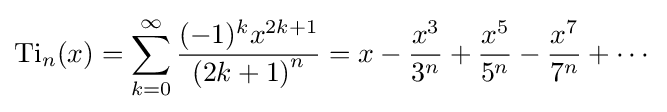
\operatorname {Ti} _{n}(x)=\sum \limits _{k=0}^{\infty }{\frac {(-1)^{k}x^{2k+1}}{\left(2k+1\right)^{n}}}=x-{\frac {x^{3}}{3^{n}}}+{\frac {x^{5}}{5^{n}}}-{\frac {x^{7}}{7^{n}}}+\cdots